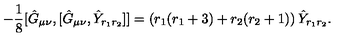
- \frac { 1 } { 8 } [ \hat { G } _ { \mu \nu } , [ \hat { G } _ { \mu \nu } , \hat { Y } _ { r _ { 1 } r _ { 2 } } ] ] = \left( r _ { 1 } ( r _ { 1 } + 3 ) + r _ { 2 } ( r _ { 2 } + 1 ) \right) \hat { Y } _ { r _ { 1 } r _ { 2 } } .